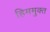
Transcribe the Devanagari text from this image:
हिममुक्त